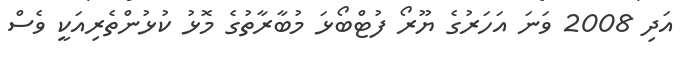
އަދި 2008 ވަނަ އަހަރުގެ ޔޫރޯ ފުޓްބޯޅަ މުބާރާތުގެ މޮޅު ކުޅުންތެރިއަކީ ވެސް